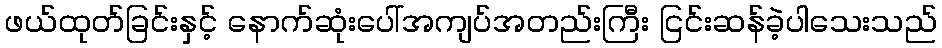
ဖယ်ထုတ်ခြင်းနှင့် နောက်ဆုံးပေါ်အကျပ်အတည်းကြီး ငြင်းဆန်ခဲ့ပါသေးသည်